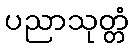
ပညာသုတ္တံ